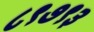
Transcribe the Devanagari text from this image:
८९७९३